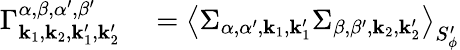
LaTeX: \begin{array}{rl}{\Gamma_{{\mathbf{k}_{1}},{\mathbf{k}_{2}},{\mathbf{k}_{1}^{\prime}},{\mathbf{k}_{2}^{\prime}}}^{\alpha,\beta,\alpha^{\prime},\beta^{\prime}}}&{{}=\left<{\Sigma}_{\alpha,\alpha^{\prime},{\mathbf{k}_{1}},{\mathbf{k}_{1}^{\prime}}}{\Sigma}_{\beta,\beta^{\prime},{\mathbf{k}_{2}},{\mathbf{k}_{2}^{\prime}}}\right>_{S_{\phi}^{\prime}}}\end{array}